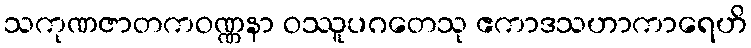
သကုဏဇာတကဝဏ္ဏနာ ဝဿူပဂတေသု ဧကာဒသဟာကာရေဟိ